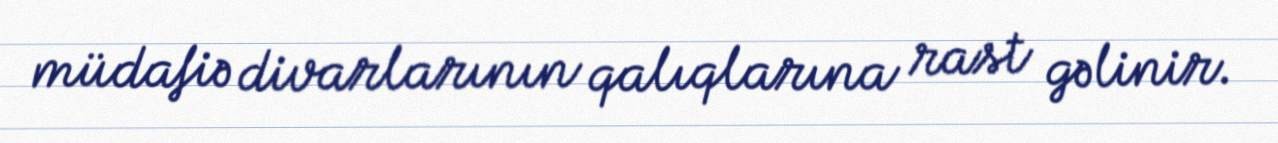
müdafiə divarlarının qalıqlarına rast gəlinir.